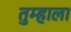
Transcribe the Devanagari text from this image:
तुम्‍हाला